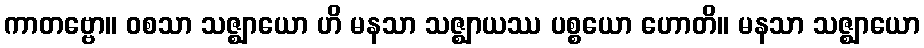
ကာတဗ္ဗော။ ဝစသာ သဇ္ဈာယော ဟိ မနသာ သဇ္ဈာယဿ ပစ္စယော ဟောတိ။ မနသာ သဇ္ဈာယော